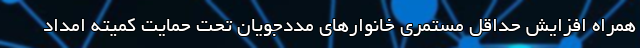
همراه افزایش حداقل مستمری خانوارهای مددجویان تحت حمایت کمیته امداد